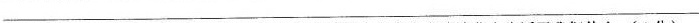
___